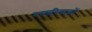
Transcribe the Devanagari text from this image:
रस्मरिवाजों